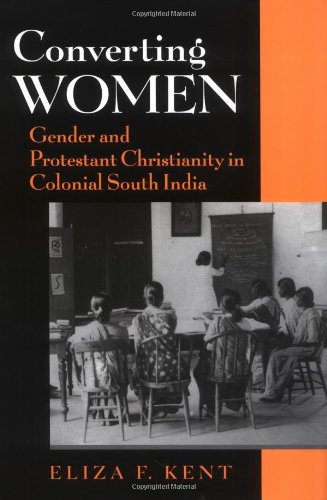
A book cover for Converting Women: Gender and Protestant Christianity in Colonial South India; Eliza F. Kent; Science & Math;